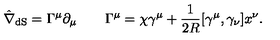
\hat { \nabla } _ { \mathrm { d S } } = \Gamma ^ { \mu } \partial _ { \mu } \qquad \Gamma ^ { \mu } = \chi \gamma ^ { \mu } + \frac { 1 } { 2 R } [ \gamma ^ { \mu } , \gamma _ { \nu } ] x ^ { \nu } .